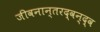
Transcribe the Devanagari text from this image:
जीवनान्तरद्वन्द्व